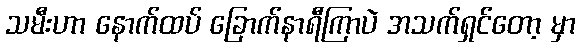
သမီးဟာ နောက်ထပ် ခြောက်နာရီကြာပဲ အသက်ရှင်တော့ မှာ